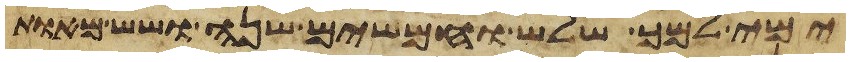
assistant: ימי למך שלש וחמשים שנה ושש מאות